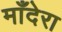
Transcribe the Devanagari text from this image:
माँदेरा